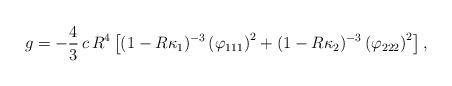
LaTeX: \begin{align*}g = - \frac 43\,c\,R^4\left[(1-R \kappa_1)^{-3}\left(\varphi_{111}\right)^2+ (1-R \kappa_2)^{-3}\left(\varphi_{222}\right)^2\right],\end{align*}